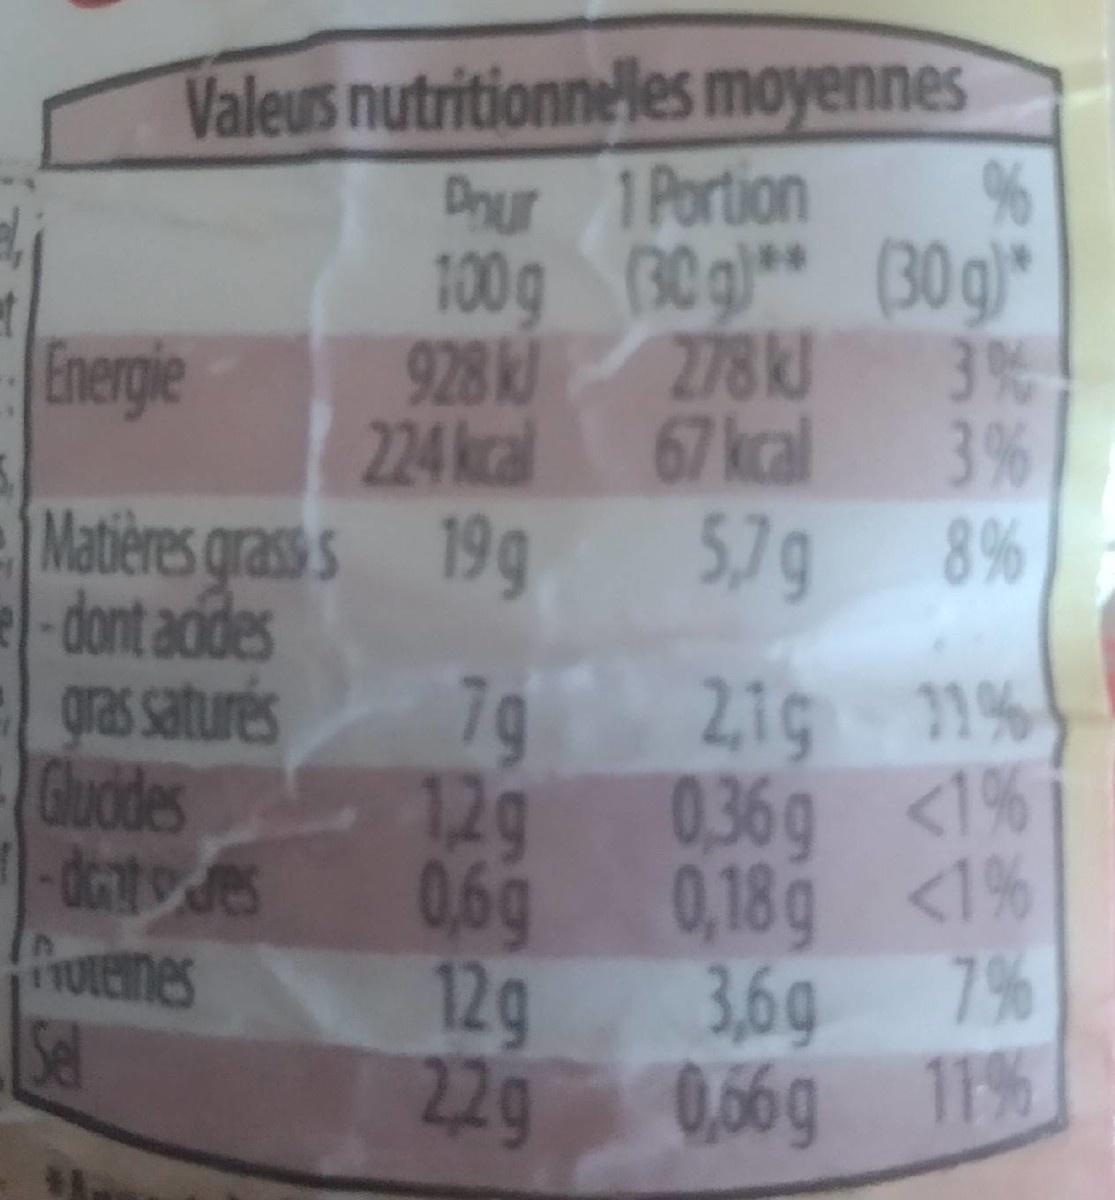
Valeus nutritionneles moyennes %
Dnur 1 Portion 100g (30g)** (30g)* 3% 67kcal 3% 8%
Energle
224 kcal
Matières grass s 19g -dont acides gras saturés Gluodes 12g -dcat des PrUtenes Sel
5,7g
2,1g 1% 036g <1% 0,6g 0,18 <1% 7%
7g
12g 22g
3,6g 0,66g 11%